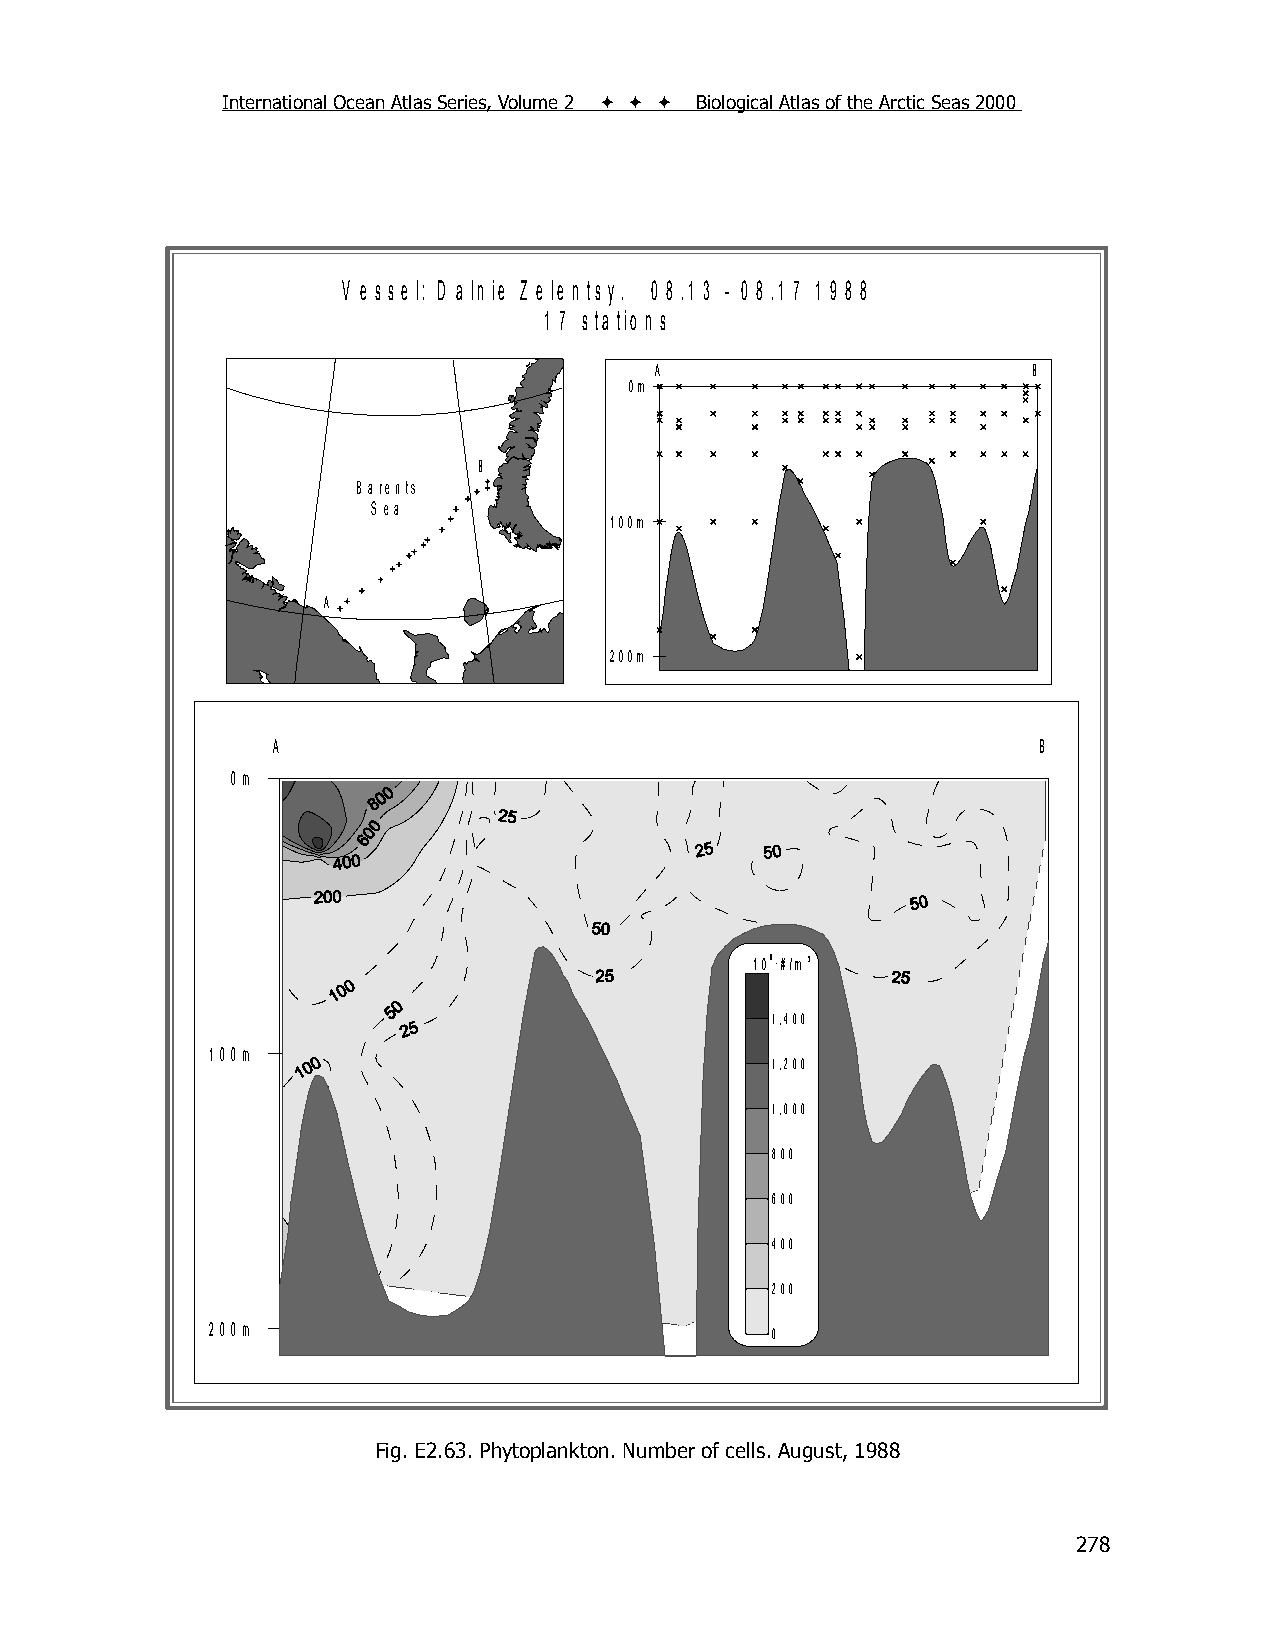
International Ocean Atlas Series, Volume 2    Biological Atlas of the Arctic Seas 2000
 V e s s e l: D a ln ie Z e le n ts y . 0 8 .1 3 - 0 8 .1 7 1 9 8 8
 1 7 s ta tio n s
 A                        B
 0m
 B
 B arents
 S ea
 100m
 A
 200m
 A                                                  B
 0m
 106 * #/m 3
 1,400
 100m
 1,200
 1,000
 800
 600
 400
 200
 200m
 0
 Fig. E2.63. Phytoplankton. Number of cells. August, 1988
 278